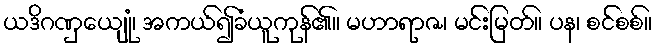
ယဒိဂဏှေယျုံ၊ အကယ်၍ခံယူကုန်၏။ မဟာရာဇ၊ မင်းမြတ်။ ပန၊ စင်စစ်။